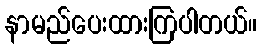
နာမည်ပေးထားကြပါတယ်။